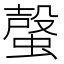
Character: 𧏌